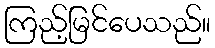
ကြည့်မြင်ပေသည်။